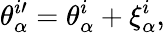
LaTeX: \theta_{\alpha}^{i\prime}=\theta_{\alpha}^{i}+\xi_{\alpha}^{i},